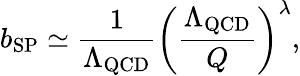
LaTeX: b_{\mathrm{SP}}\simeq\frac{1}{\Lambda_{\mathrm{QCD}}}\left(\frac{\Lambda_{\mathrm{QCD}}}{Q}\right)^{\lambda},